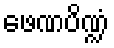
ဖေဏပိဏ္ဍံ